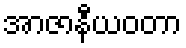
အာဇာနီယဝတာ